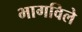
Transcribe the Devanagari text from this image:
भागविले